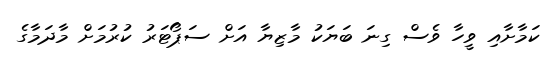
ކަމާށާއި ވީހާ ވެސް ގިނަ ބަޔަކު މާޒިޔާ އަށް ސަޕޯޓަރު ކުރުމަށް މާދަމާގެ